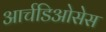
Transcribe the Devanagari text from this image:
आर्चडिओसेस